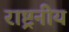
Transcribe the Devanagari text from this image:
राष्ट्रनीय